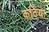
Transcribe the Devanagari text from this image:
कठिया